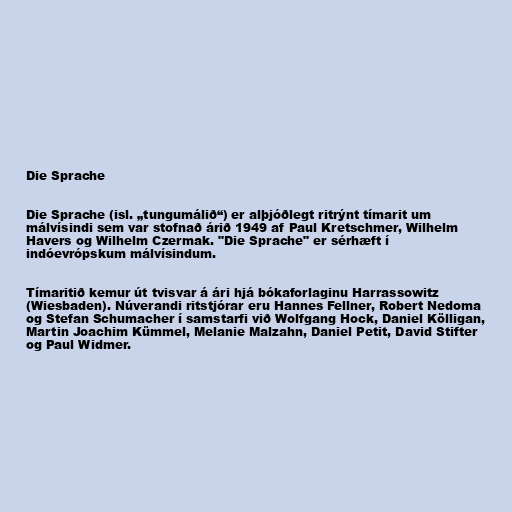
Die Sprache

Die Sprache (isl. „tungumálið“) er alþjóðlegt ritrýnt tímarit um
málvísindi sem var stofnað árið 1949 af Paul Kretschmer, Wilhelm
Havers og Wilhelm Czermak. "Die Sprache" er sérhæft í
indóevrópskum málvísindum.

Tímaritið kemur út tvisvar á ári hjá bókaforlaginu Harrassowitz
(Wiesbaden). Núverandi ritstjórar eru Hannes Fellner, Robert Nedoma
og Stefan Schumacher í samstarfi við Wolfgang Hock, Daniel Kölligan,
Martin Joachim Kümmel, Melanie Malzahn, Daniel Petit, David Stifter
og Paul Widmer.